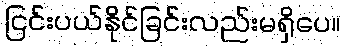
ငြင်းပယ်နိုင်ခြင်းလည်းမရှိပေ။